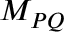
M _ { P Q }